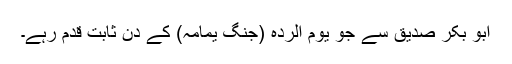
ابو بکر صدیق سے جو یوم الردہ (جنگ یمامہ) کے دن ثابت قدم رہے۔